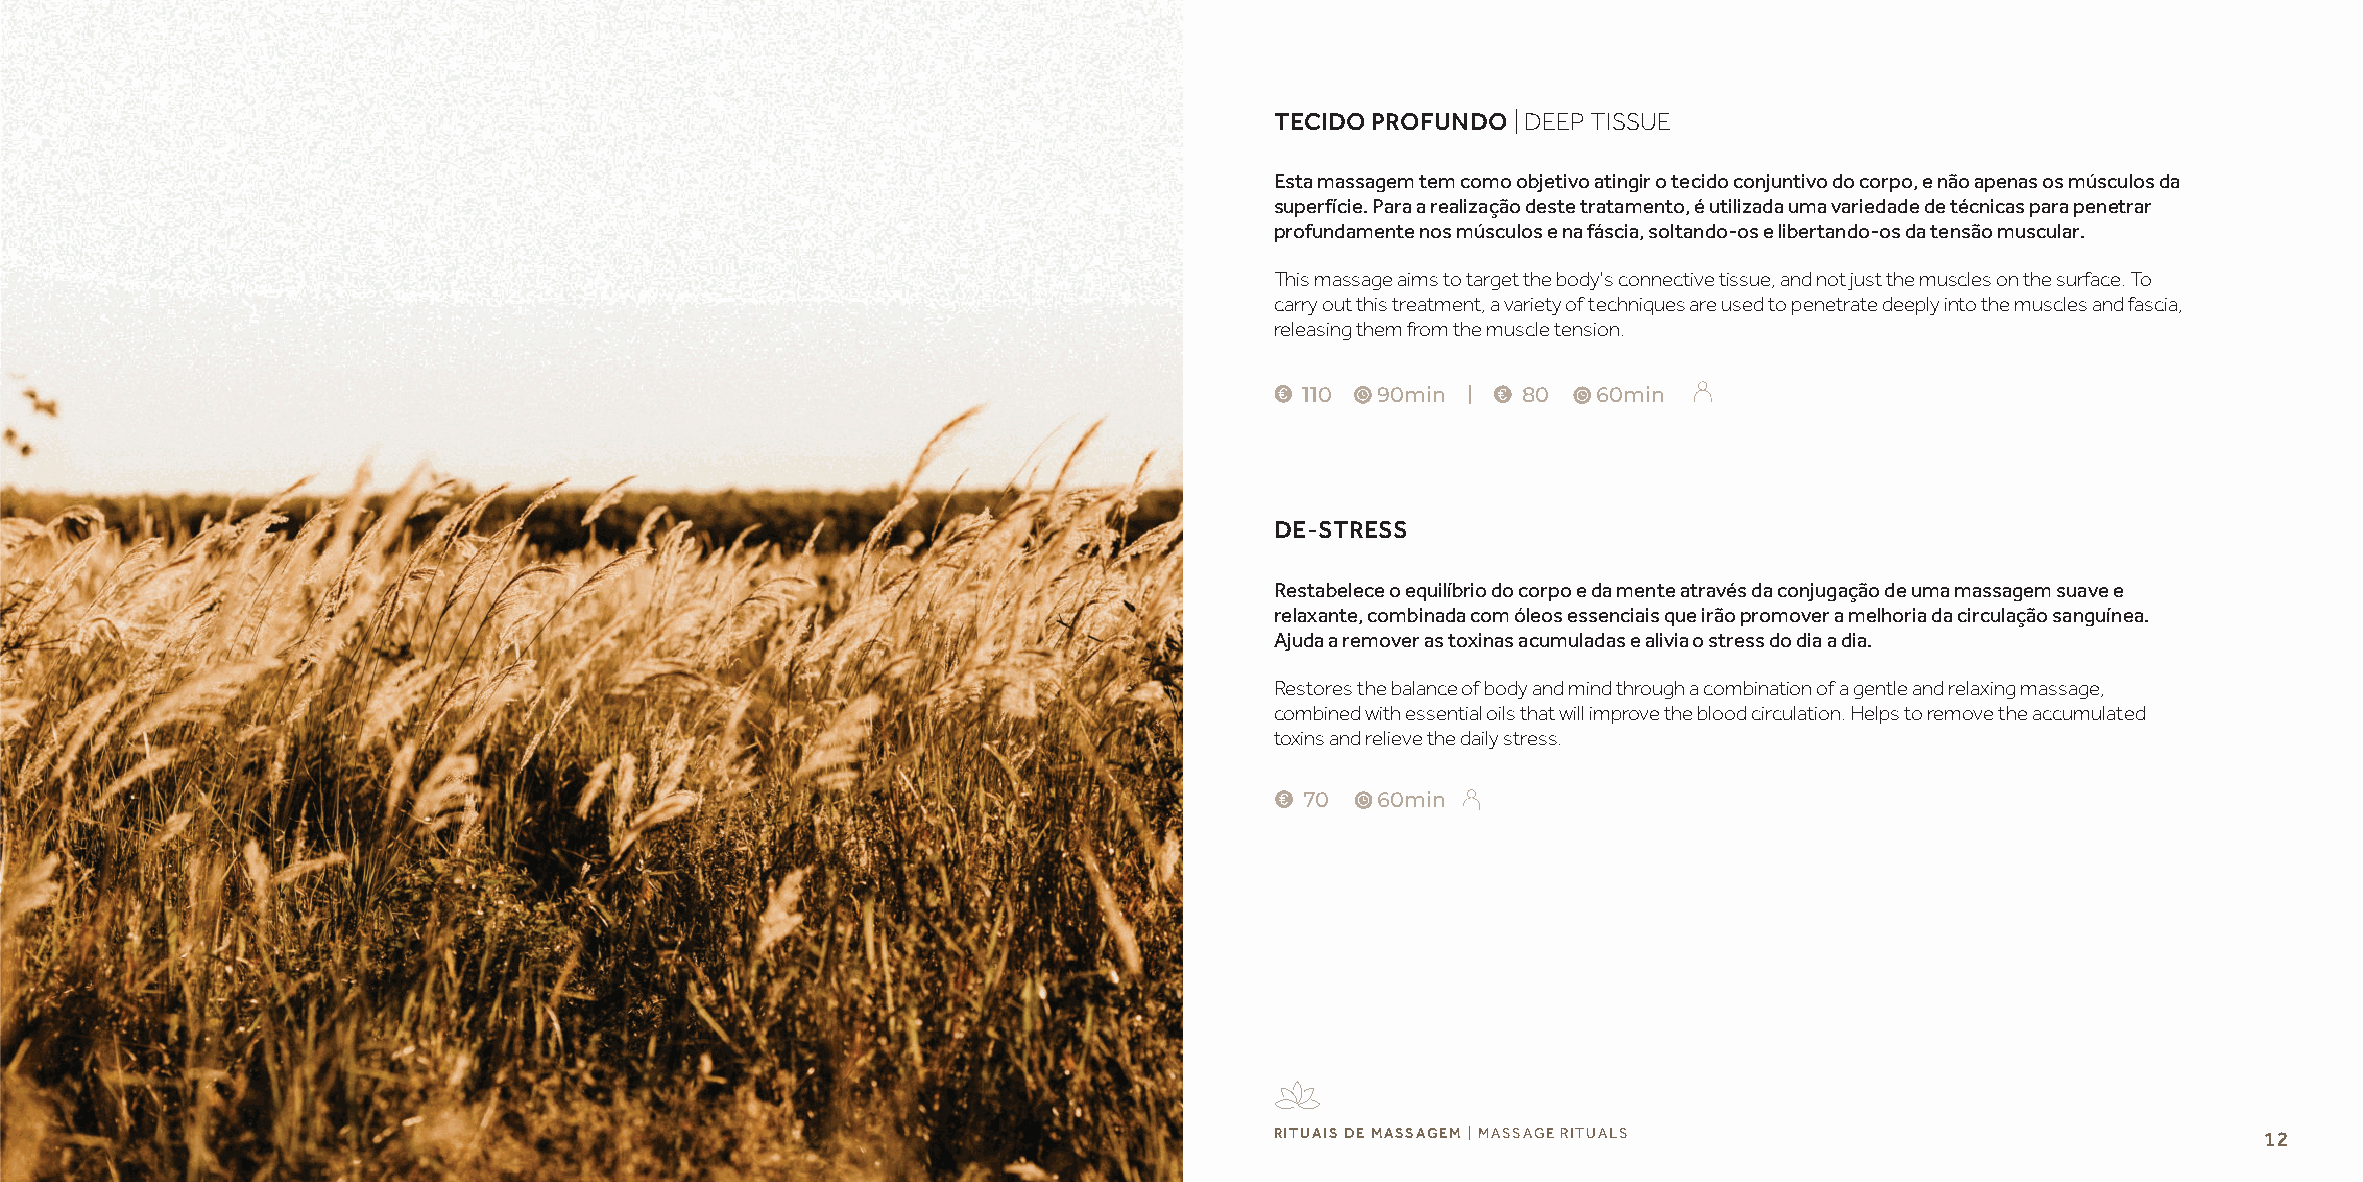
TECIDO PROFUNDO | DEEP TISSUE
 Esta massagem tem como objetivo atingir o tecido conjuntivo do corpo, e não apenas os músculos da
 superfície. Para a realização deste tratamento, é utilizada uma variedade de técnicas para penetrar
 profundamente nos músculos e na fáscia, soltando-os e libertando-os da tensão muscular.
 This massage aims to target the body's connective tissue, and not just the muscles on the surface. To
 carry out this treatment, a variety of techniques are used to penetrate deeply into the muscles and fascia,
 releasing them from the muscle tension.
 110  90min |   80   60min
 DE-STRESS
 Restabelece o equilíbrio do corpo e da mente através da conjugação de uma massagem suave e
 relaxante, combinada com óleos essenciais que irão promover a melhoria da circulação sanguínea.
 Ajuda a remover as toxinas acumuladas e alivia o stress do dia a dia.
 Restores the balance of body and mind through a combination of a gentle and relaxing massage,
 combined with essential oils that will improve the blood circulation. Helps to remove the accumulated
 toxins and relieve the daily stress.
 70   60min
 RITUAIS DE MASSAGEM | MASSAGE RITUALS                             12